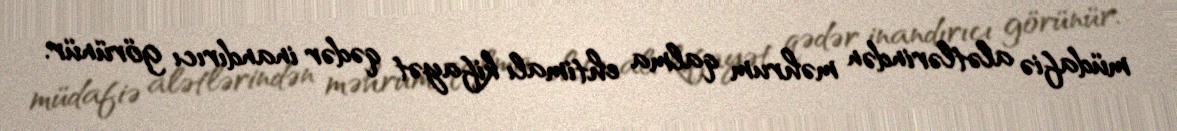
müdafiə alətlərindən məhrum qalma ehtimalı kifayət qədər inandırıcı görünür.